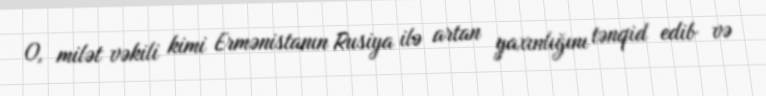
O, milət vəkili kimi Ermənistanın Rusiya ilə artan yaxınlığını tənqid edib və